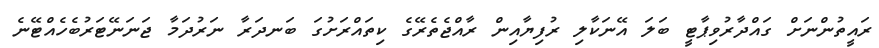
ރައީތުންނަށް ގައްދާރުވިޕާޓީ ބަލަ އޭނަކާލި ރުފިޔާއިން ރާއްޖެތެރޭގެ ކިތައްރަށުގަ ބަނދަރާ ނަރުދަމާ ޖަނަނޭޓަރުބެހެއްޓޭނެ